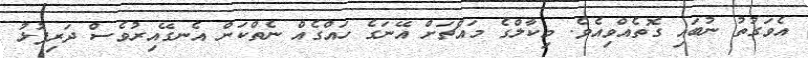
އެވަގުތު ނުބައި ގޮތެއްވިއެވެ. މިކާލްގެ މައްޗަށް އޭނަގެ ހައްގެއް ނެތްކަން އެނގޭއިރުވެސް ދަރިފުޅު